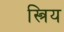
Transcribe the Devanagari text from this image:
स्त्रिय